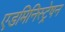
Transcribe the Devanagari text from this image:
एडमिनिस्ट्रेषन